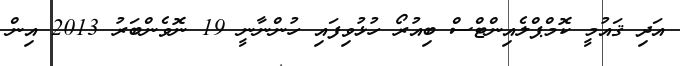
އަދި ޤައުމީ ކޮމްޕްލެއިންޓްސް ބިއުރޯ ހުޅުވިފައި ހުންނާނީ 19 ނޮވެންބަރު 2013 އިން